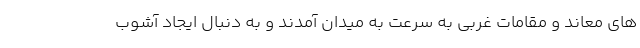
های معاند و مقامات غربی به سرعت به میدان آمدند و به دنبال ایجاد آشوب